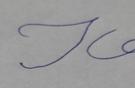
Signature authenticity: forged